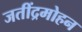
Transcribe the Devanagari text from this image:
जतींद्रमोहन